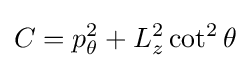
C=p_{\theta }^{2}+L_{z}^{2}\cot ^{2}\theta